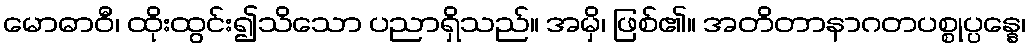
မောဓာဝီ၊ ထိုးထွင်း၍သိသော ပညာရှိသည်။ အမှိ၊ ဖြစ်၏။ အတိတာနာဂတပစ္စုပ္ပန္နေ၊